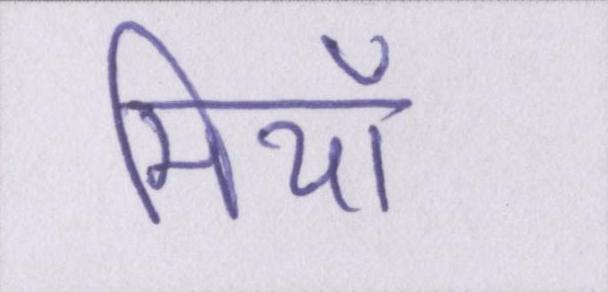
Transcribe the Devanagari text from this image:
मियाँ